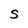
Character: S